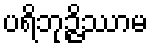
ပရိဘုဉ္ဇိဿာမ